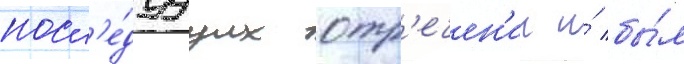
посл'е́дуущих отр'ечен'ии и́ бы́л